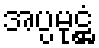
အပ္ပမုဋ္ဌံ